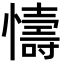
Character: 懤